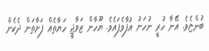
ބުންޏެވެ. އޭނާ ހުރީ ނުހަނު އުފާވެފައެވެ. ޔޫހާން ޒަވާޖީ ހަޔާތެއް ފަށާތަން ދެކެން